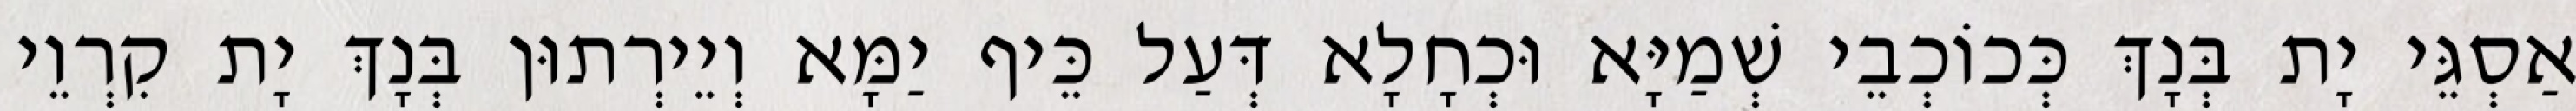
אַסְגֵּי יָת בְּנָךְ כְּכוֹכְבֵי שְׁמַיָּא וּכְחָלָא דְּעַל כֵּיף יַמָּא וְיֵירְתוּן בְּנָךְ יָת קִרְוֵי